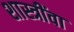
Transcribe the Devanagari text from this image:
शास्त्रींवा